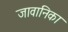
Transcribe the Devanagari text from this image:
जावानिका